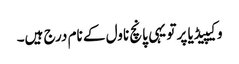
وکیپیڈیا پر تو یہی پانچ ناول کے نام درج ہیں۔